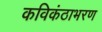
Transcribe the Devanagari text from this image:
कविकंठाभरण